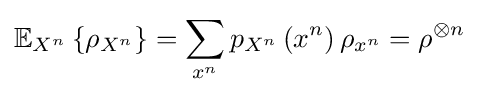
\mathbb {E} _{X^{n}}\left\{\rho _{X^{n}}\right\}=\sum _{x^{n}}p_{X^{n}}\left(x^{n}\right)\rho _{x^{n}}=\rho ^{\otimes n}